Burma Government Medical School reports 1923-41
Year: 1923
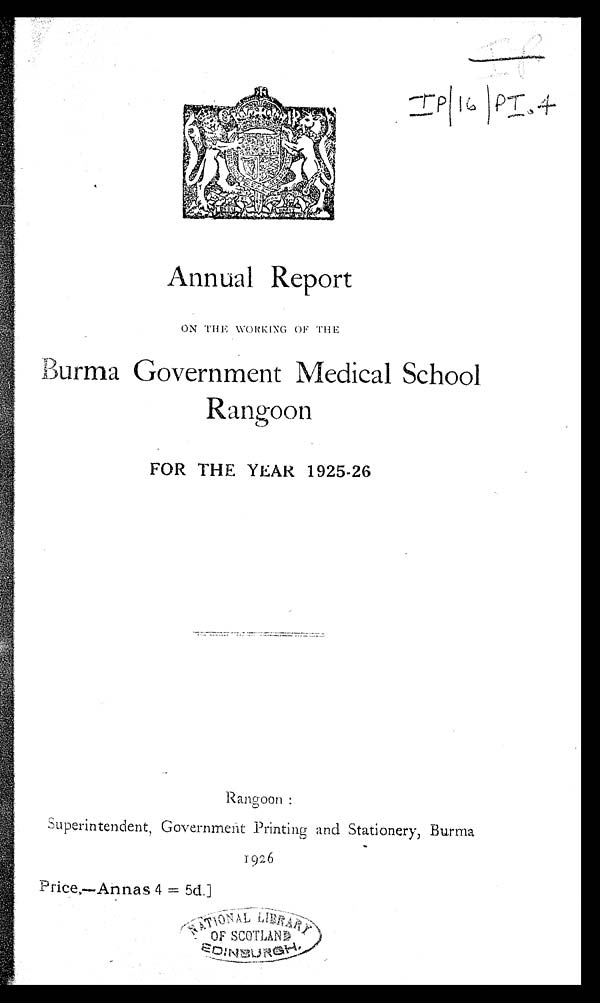
I P / 1 6 / P I . 4
Annual Report
ON THE WORKING OF THE
Burma Government Medical School
Rangoon
FOR THE YEAR 1925-26
Rangoon :
S u p e r i n t e n d e n t , G o v e r n m e n
1926
Pr ice,—Annas 4 = 5d.]